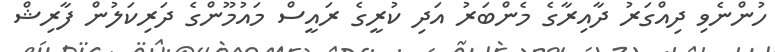
ހުންނެވި ދިއްގަރު ދާއިރާގެ މެންބަރު އަދި ކުރީގެ ރައީސް މައުމޫންގެ ދަރިކަލުން ފާރިޝް